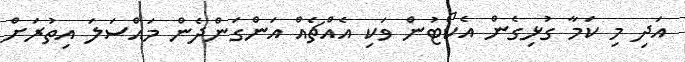
އަދި މި ކަމާ ގުޅިގެން އެކޯޓުން ވަކި އެއްޗެއް އަންގަންދެން މައްސަލަ އިތުރަށް